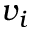
v _ { i }